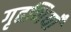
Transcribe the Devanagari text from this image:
गृहणियाँ